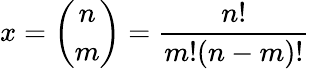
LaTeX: x={\binom{n}{m}}={\frac{n!}{m!(n-m)!}}